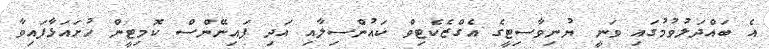
އެ ބައްދަލުވުމުގައި ވަނީ ޔުނިވާސިޓީގެ އެގްޒެކެޓިވް ކައުންސިލާއި އަދި ފައިނޭންސް ކޮމިޓީން ހުށައަޅާފައިވާ